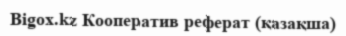
Bigox.kz Кооператив реферат (қазақша)